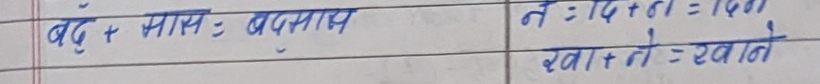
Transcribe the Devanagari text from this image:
बद + मास = बदमास
नः + द + टा = दितो
खा + तो = खातो